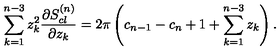
\sum _ { k = 1 } ^ { n - 3 } z _ { k } ^ { 2 } { \frac { \partial S _ { c l } ^ { ( n ) } } { \partial z _ { k } } } = 2 \pi \left( c _ { n - 1 } - c _ { n } + 1 + \sum _ { k = 1 } ^ { n - 3 } z _ { k } \right) .